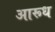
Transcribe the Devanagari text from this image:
आरूध